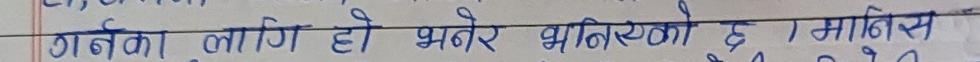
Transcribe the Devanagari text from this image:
गर्नेका लागि हो भनेर भनिएको छ । मानिस